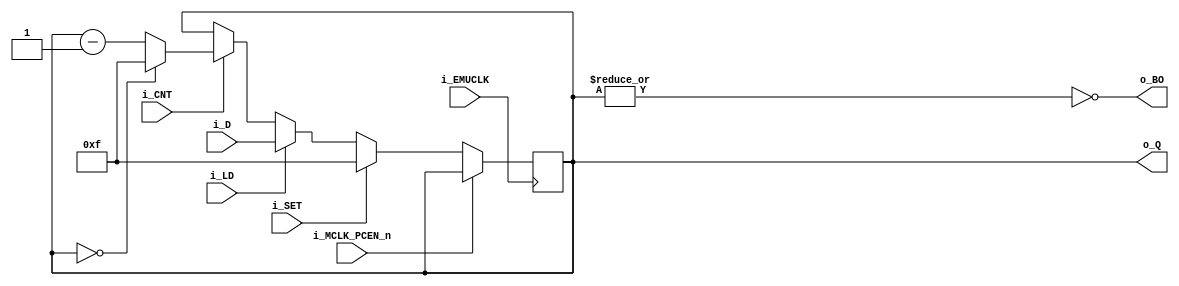
module IKASCC_primitive_dncntr #(parameter W = 4) (
    input   wire                i_EMUCLK,
    input   wire                i_MCLK_PCEN_n,

    input   wire                i_SET,
    input   wire                i_LD,
    input   wire                i_CNT,
    
    input   wire    [W-1:0]     i_D, //data in
    output  wire    [W-1:0]     o_Q, //data out
    output  wire                o_BO //borrow out
);

reg     [W-1:0]     cntr;
always @(posedge i_EMUCLK) if(!i_MCLK_PCEN_n) begin
    if(i_SET) begin
        cntr <= {W{1'b1}};
    end
    else begin
        if(i_LD) begin
            cntr <= i_D;
        end
        else begin
            if(i_CNT) cntr <= (cntr == {W{1'b0}}) ? {W{1'b1}} : cntr - {{(W-1){1'b0}}, 1'b1};
        end
    end
end

assign  o_Q = cntr;
assign  o_BO = ~|{cntr};

endmodule

`timescale 10ns/1ns
module IKASCC_primitive_buf (
    input   wire            i_A,
    output  wire            o_Y
);

`ifdef IKASCC_ASYNC_VENDOR_SIMULATION
assign #1 o_Y = i_A;
`else
assign o_Y = i_A;
`endif 

endmodule

`ifdef IKASCC_ASYNC_VENDOR_GOWIN
module BUFG (O, I);
output O;
input I;
endmodule
`endif